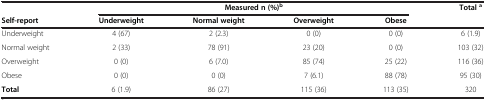
|  | <COLSPAN=4> Measured n (%)b | Totala |
 | Self-report | Underweight | Normal weight | Overweight | Obese |  |
 | --- | --- | --- | --- | --- | --- |
 | Underweight | 4 (67) | 2 (2.3) | 0 (0) | 0 (0) | 6 (1.9) |
 | Normal weight | 2 (33) | 78 (91) | 23 (20) | 0 (0) | 103 (32) |
 | Overweight | 0 (0) | 6 (7.0) | 85 (74) | 25 (22) | 116 (36) |
 | Obese | 0 (0) | 0 (0) | 7 (6.1) | 88 (78) | 95 (30) |
 | Total | 6 (1.9) | 86 (27) | 115 (36) | 113 (35) | 320 |